Report on sanitation, dispensaries, and jails in Rajputana for 1915, and on vaccination for the year 1915-1916 - 1915-1916
Year: 1915
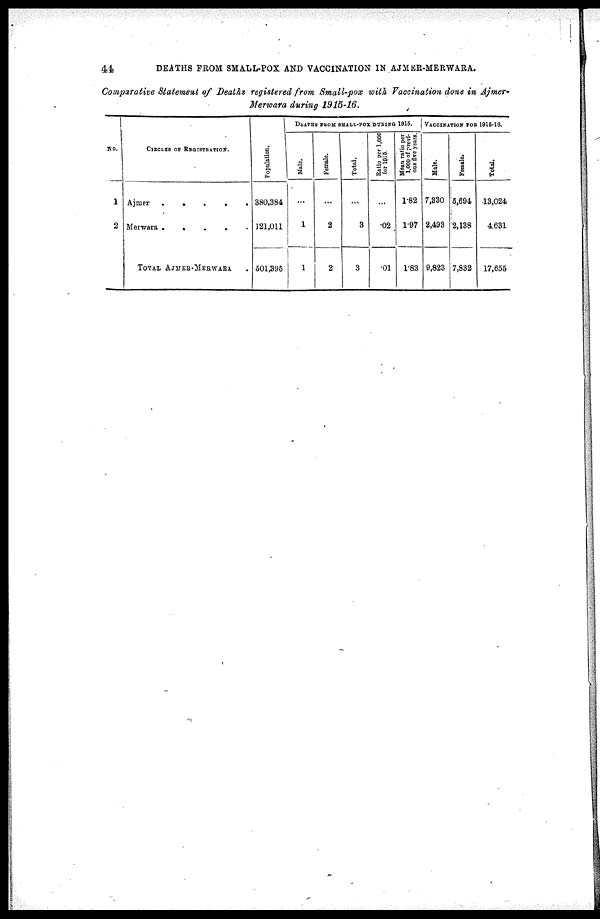
44
DEATHS FROM SMALL-POX AND VACCINATION IN AJMER-MERWARA.
Comparative Statement of Deaths registered from Small-pox with Vaccination done in Ajmer-
Merwara during 1915-16.
No.
1
2
CIRCLES OF REGISTRATION.
Ajmer
.
.
.
.
.
Merwara .
.
.
.
.
TOTAL AJMER-MERWARA .
Population.
380,384
121,011
501,395
DEATHS FROM SMALL-POX DURING 1915.
Male.
...
1
1
Female.
...
2
2
Total.
...
3
3
Ratio per 1,000
tor 1916.
...
.02
.01
Mean ratio per
1,000
of previ-
ous five years.
1.82
1.97
1.83
VACCINATION FOR 1915-16.
Male.
7,330
2,493
9,823
Female.
5,694
2,138
7,832
Total.
13,024
4,631
17,855